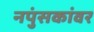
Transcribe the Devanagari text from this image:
नपुंसकांवर